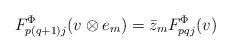
LaTeX: \begin{align*}F^{\Phi}_{p(q+1)j}(v \otimes e_m) = \Bar{z}_m F^{\Phi}_{pqj}(v)\end{align*}